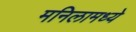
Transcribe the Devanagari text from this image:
मनिलामध्ये